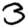
Digit: 3